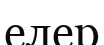
елер